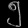
Digit: ၅